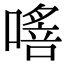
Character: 𠾈